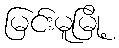
မြင်းမူမြို့